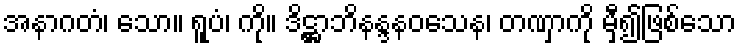
အနာဂတံ၊ သော။ ရူပံ၊ ကို။ ဒိဋ္ဌာဘိနန္ဒနဝသေန၊ တဏှာကို မှီ၍ဖြစ်သော